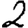
Digit: 2